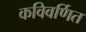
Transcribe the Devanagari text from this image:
कविवर्णित